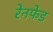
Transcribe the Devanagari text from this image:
रेनफेड